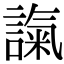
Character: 𧪢